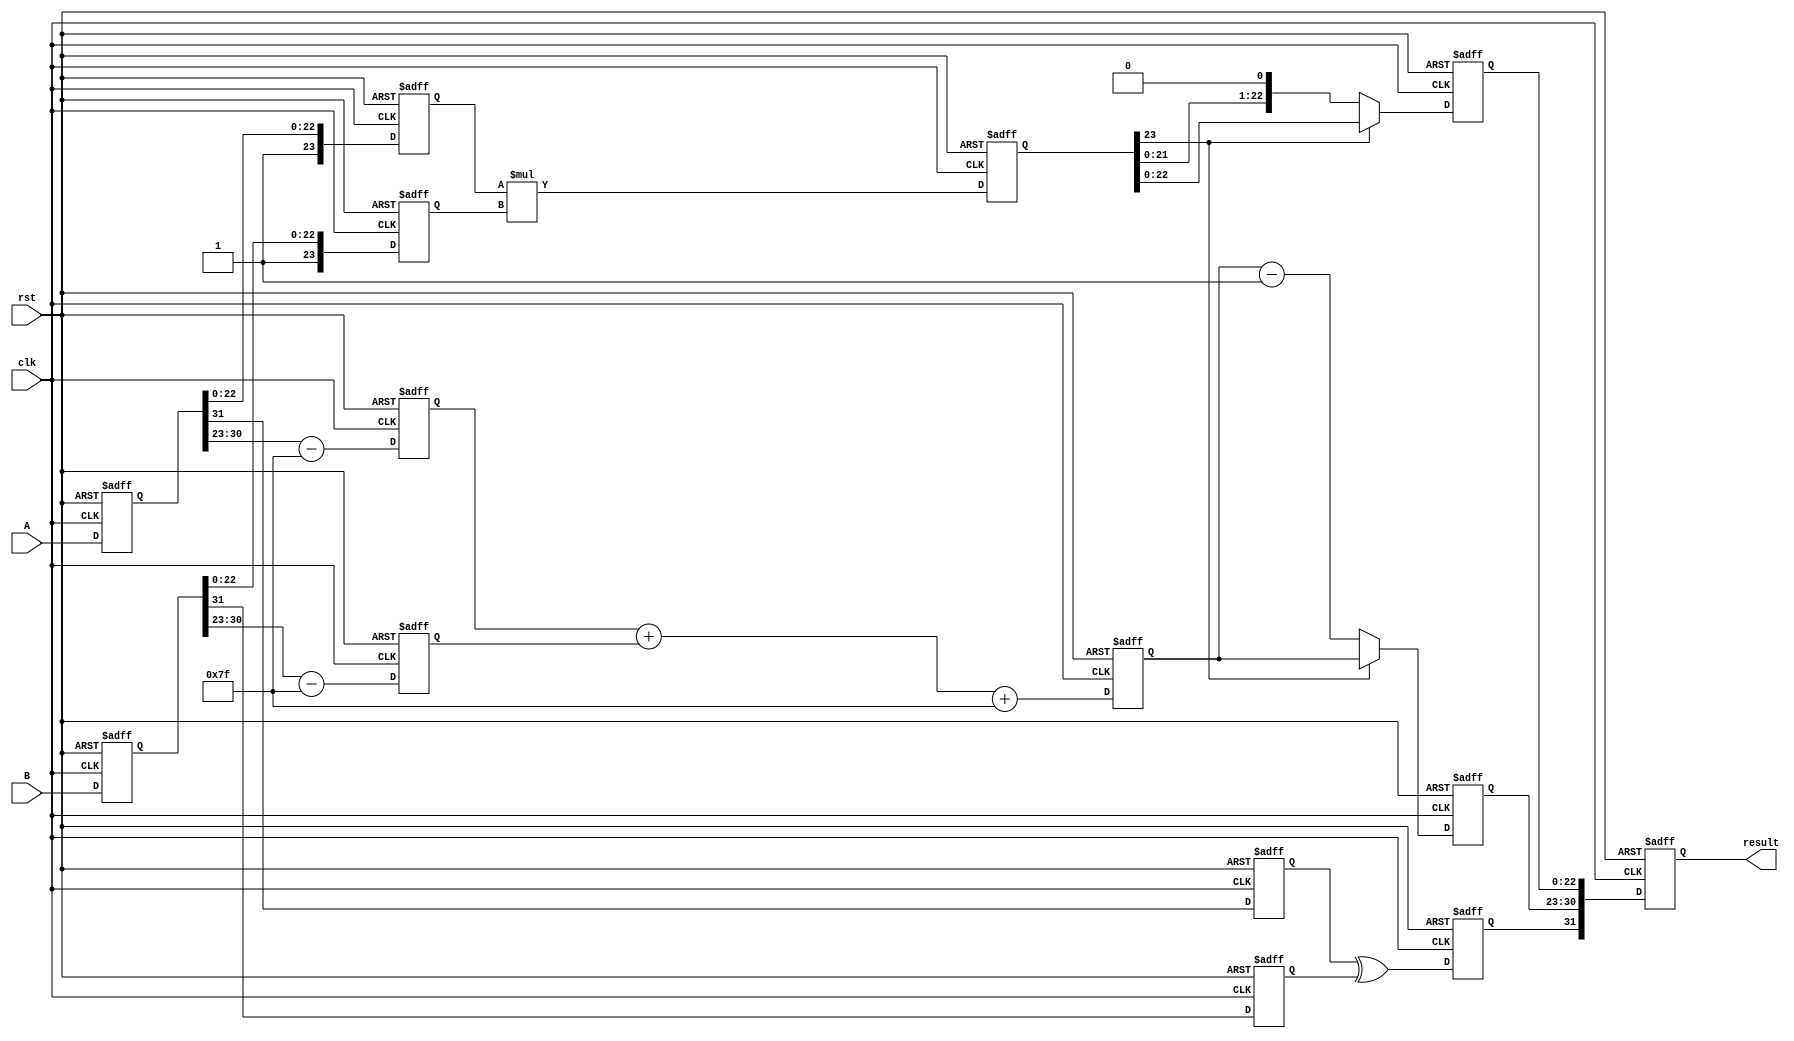
module pipelined_fp_multiplier (
    input clk,
    input rst,
    input [31:0] A,  // First floating-point input
    input [31:0] B,  // Second floating-point input
    output reg [31:0] result // Result of floating-point multiplication
);

    // Pipeline registers
    reg [31:0] A_reg, B_reg;
    reg [23:0] mantissa_A, mantissa_B, product_mantissa;
    reg [7:0] exponent_A, exponent_B, sum_exponent;
    reg sign_A, sign_B, result_sign;
    reg [7:0] normalized_exponent;
    reg [23:0] normalized_product_mantissa;

    // Input stage
    always @(posedge clk or posedge rst) begin
        if (rst) begin
            A_reg <= 32'b0;
            B_reg <= 32'b0;
        end else begin
            A_reg <= A;
            B_reg <= B;
        end
    end

    // Normalization stage
    always @(posedge clk or posedge rst) begin
        if (rst) begin
            mantissa_A <= 24'b0;
            mantissa_B <= 24'b0;
            exponent_A <= 8'b0;
            exponent_B <= 8'b0;
            sign_A <= 1'b0;
            sign_B <= 1'b0;
        end else begin
            // Extract sign, exponent, and mantissa
            sign_A <= A_reg[31];
            exponent_A <= A_reg[30:23] - 8'h7F; // Remove bias
            mantissa_A <= {1'b1, A_reg[22:0]}; // Implicit leading 1 for normalized numbers

            sign_B <= B_reg[31];
            exponent_B <= B_reg[30:23] - 8'h7F; // Remove bias
            mantissa_B <= {1'b1, B_reg[22:0]}; // Implicit leading 1 for normalized numbers
        end
    end

    // Multiplication stage
    always @(posedge clk or posedge rst) begin
        if (rst) begin
            product_mantissa <= 24'b0;
            result_sign <= 1'b0;
        end else begin
            product_mantissa <= mantissa_A * mantissa_B; // Multiply mantissas
            result_sign <= sign_A ^ sign_B; // XOR for sign of result
        end
    end

    // Exponent addition stage
    always @(posedge clk or posedge rst) begin
        if (rst) begin
            sum_exponent <= 8'b0;
        end else begin
            sum_exponent <= exponent_A + exponent_B + 8'h7F; // Add exponents and restore bias
        end
    end

    // Post-processing and normalization stage
    always @(posedge clk or posedge rst) begin
        if (rst) begin
            normalized_exponent <= 8'b0;
            normalized_product_mantissa <= 24'b0;
        end else begin
            // Normalize the product mantissa if necessary
            if (product_mantissa[23]) begin
                normalized_product_mantissa <= product_mantissa[23:0];
                normalized_exponent <= sum_exponent; // Already normalized
            end else begin
                // Shift mantissa and adjust exponent accordingly
                normalized_product_mantissa <= product_mantissa << 1;
                normalized_exponent <= sum_exponent - 1; // Adjust exponent for normalization
            end
        end
    end

    // Output stage
    always @(posedge clk or posedge rst) begin
        if (rst) begin
            result <= 32'b0;
        end else begin
            result <= {result_sign, normalized_exponent[7:0], normalized_product_mantissa[22:0]};
        end
    end

endmodule